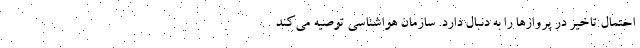
احتمال تاخیر در پروازها را به دنبال دارد. سازمان هواشناسی توصیه می‌کند